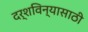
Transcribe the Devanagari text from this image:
दर्शविन्यासाठी